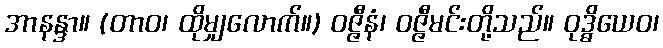
အာနန္ဒာ။ (တာဝ၊ ထိုမျှလောက်။) ဝဇ္ဇီနံ၊ ဝဇ္ဇီမင်းတို့သည်။ ဝုဒ္ဓိယေဝ၊